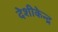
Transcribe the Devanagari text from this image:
देशीकेन्द्र